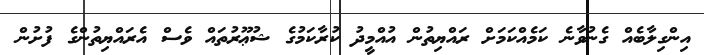
އިންގިލާބެއް ގެނުވާނެ ކަމެއްކަމަށް ރައްޔިތުން އުއްމީދު ކުރާކަމުގެ ޝުޢޫރުތައް ވެސް އެރައްޔިތުންގެ ފުށުން